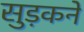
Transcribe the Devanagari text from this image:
सुड़कने